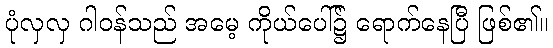
ပုံလှလှ ဂါဝန်သည် အမေ့ ကိုယ်ပေါ်၌ ရောက်နေပြီ ဖြစ်၏။